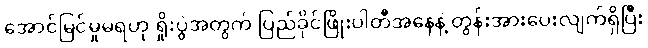
အောင်မြင်မှုမရဟု ရှိုးပွဲအတွက် ပြည်ခိုင်ဖြိုးပါတီအနေနဲ့ တွန်းအားပေးလျက်ရှိပြီး